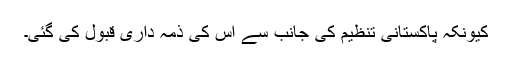
کیونکہ پاکستانی تنظیم کی جانب سے اس کی ذمہ داری قبول کی گئی۔